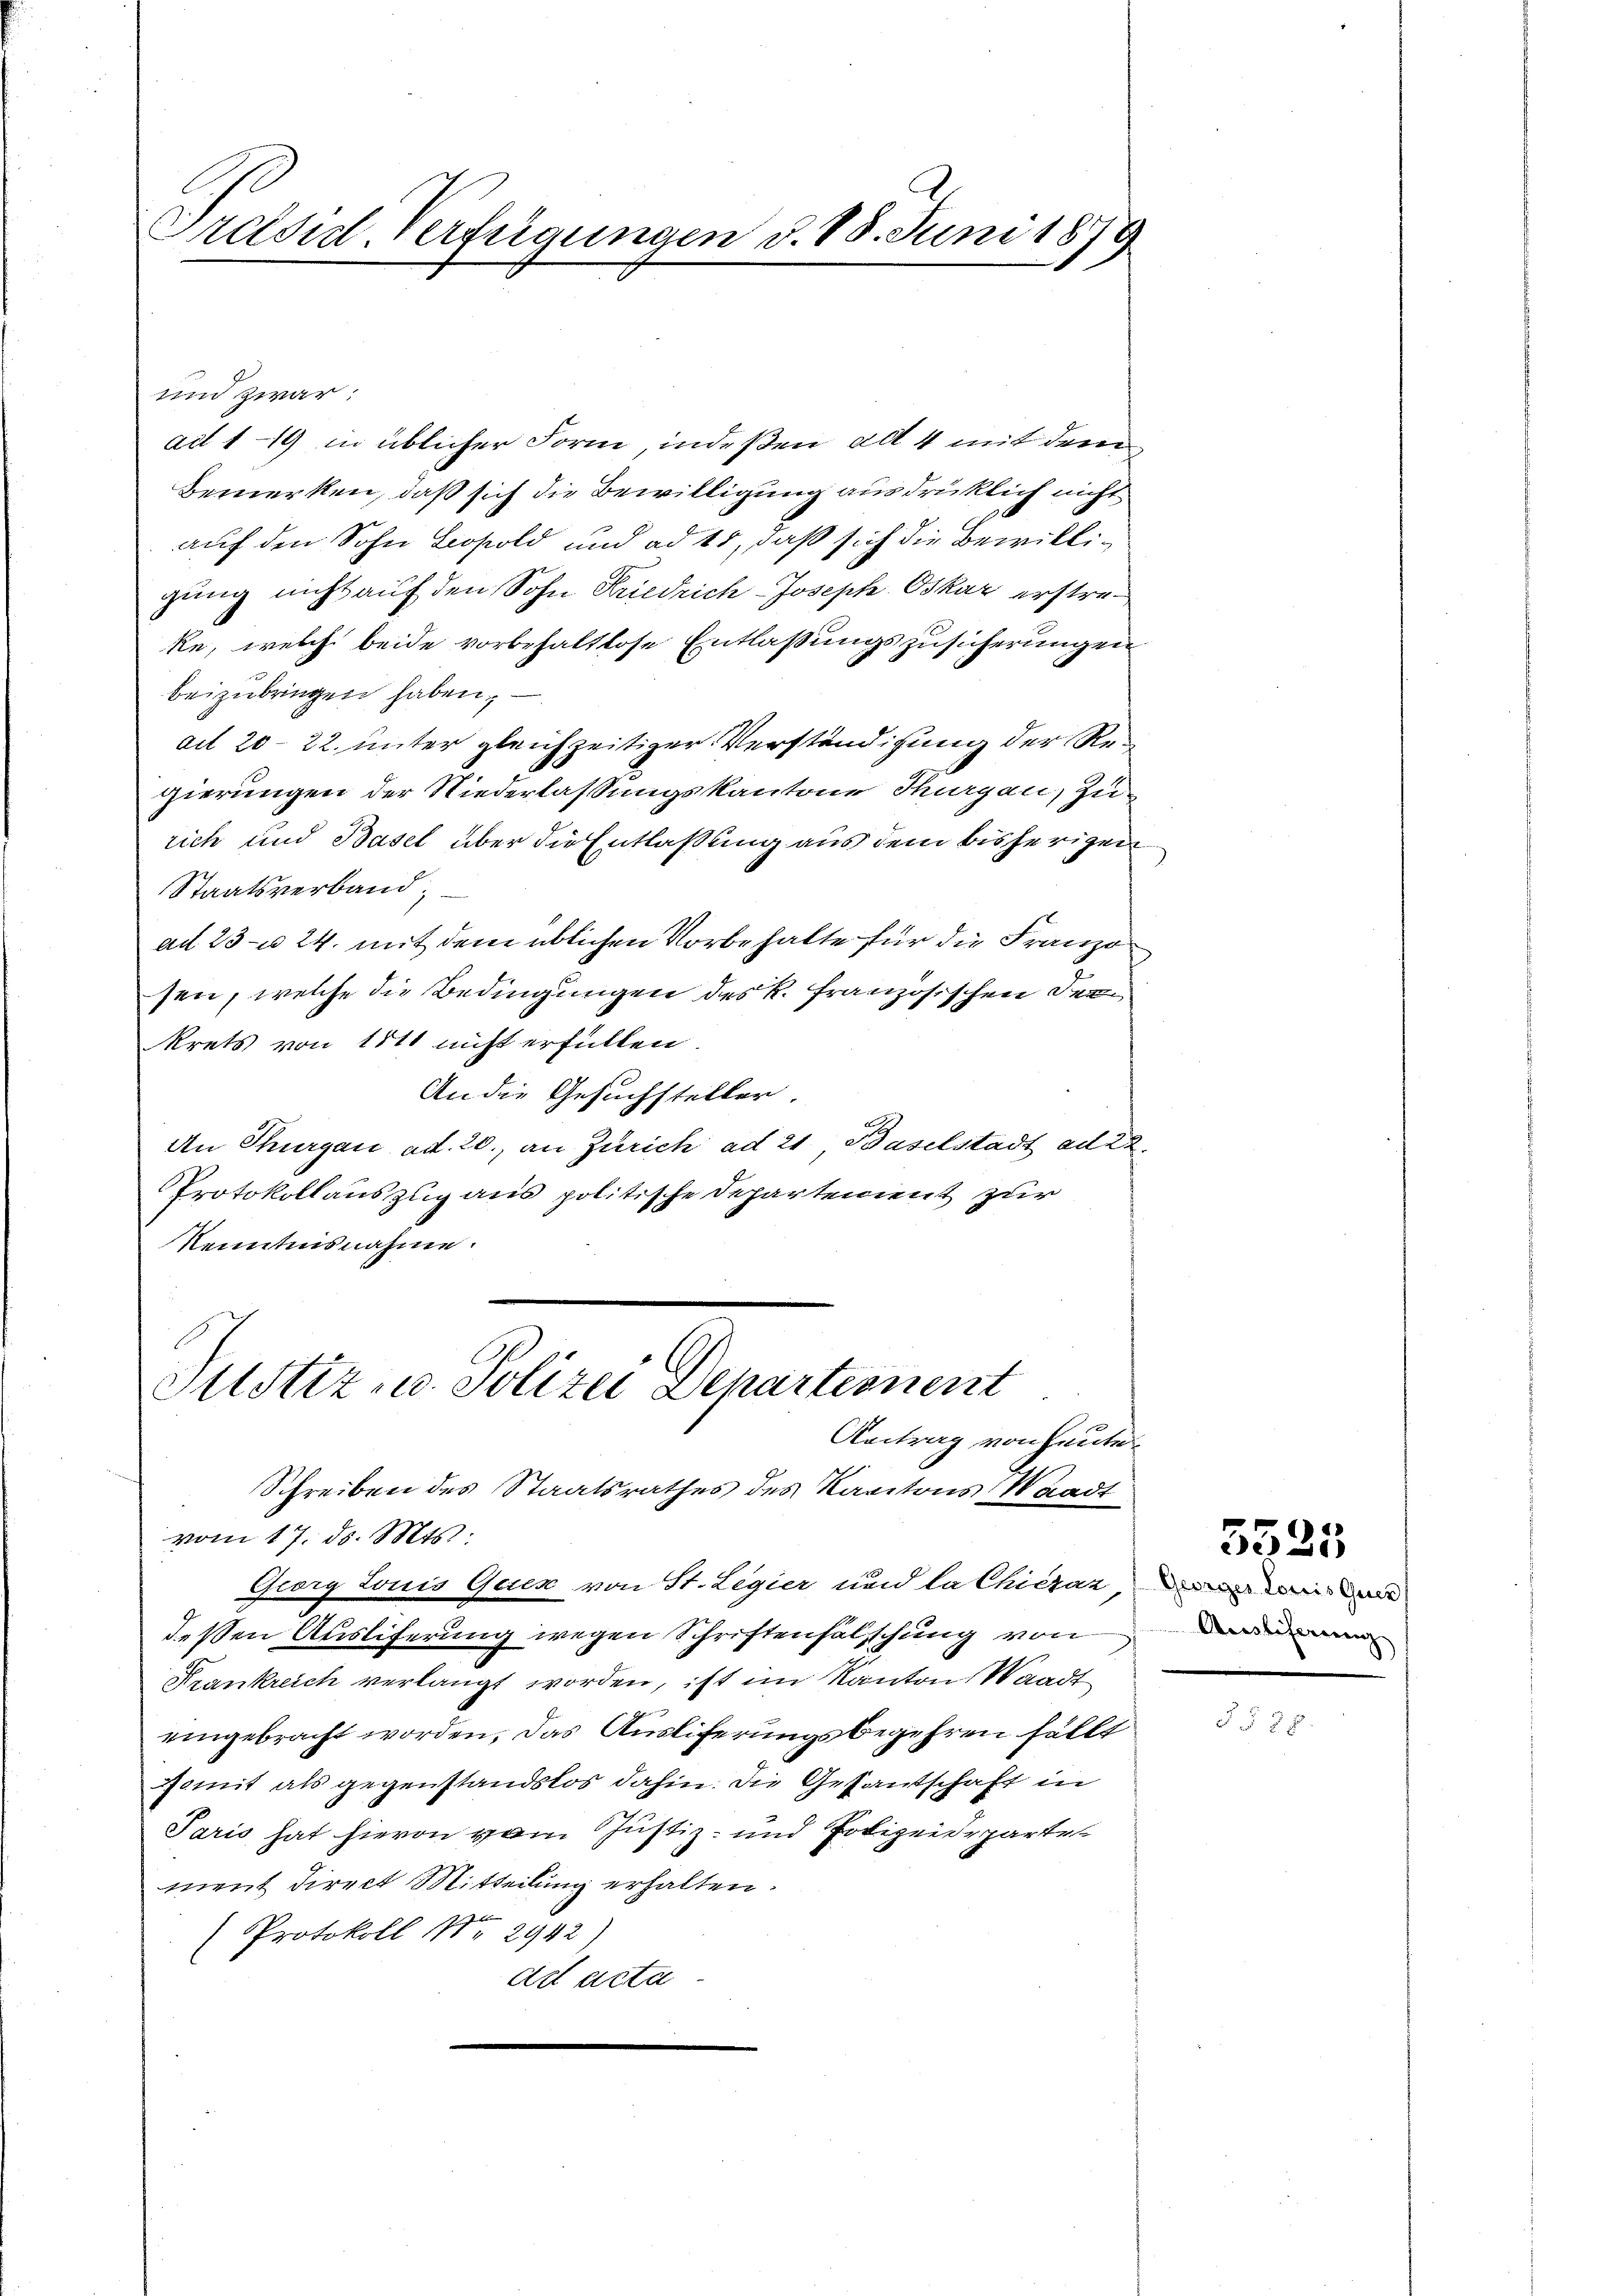
Präsid-Verfügungen v. 18. Juni 1879

und zwar:
ad 119 in üblicher Form, indeßen ad 4 mit dem
Bemerken, daß sich die Bewilligung ausdrücklich nicht
auf den Sohn Leopold und ad 15, daß sich die Bewilligung nicht auf den Sohn Friedrich Joseph Oskar erstre¬
Re, welch beide vorbehaltlose Entlaßungszusicherungen
beizubringen haben,
ad 20–22. unter gleichzeitiger Verständigung der Re-
gierungen der Niederlassungskantone Thurgau, Zurich und Basel über die Entlaßung aus dem bisherigen
Staatsverband;
ad 23 n 24. mit dem üblichen Vorbehalte für die Franzosen, welche die Bedingungen des R. französischen der
krets von 1811 nicht erfüllen.
An die Gesuchsteller
An Thurgau ad. 20., an Zürich ad 21 Baselstadt ad 22.
Protokollauszug aus politische Departement zur
Kenntnisnahme.
Justiz- u. Polizei Departionent
Antrag von heute
Schreiben des Staatsrathes des Kantons Waadt
vom 17. d. Mts.
Georg Lonis Gener von St. Legier und la Chiczazi
deßen Auslieferung wegen Schriftenfalschung von
Frankreich verlangt worden, ist im Kanton Waadt
eingebracht worden, das Ausliferungsbegehren fällt
Somit als gegenstandslos dahin. Die Gesantschaft in
Paris hat hievon vom Justiz- und Polizeideparten
ment direct Mitteilung erhalten.
Protokoll No 2942)
ad acta

Acestiferrenz

3325